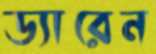
ড্যারেন